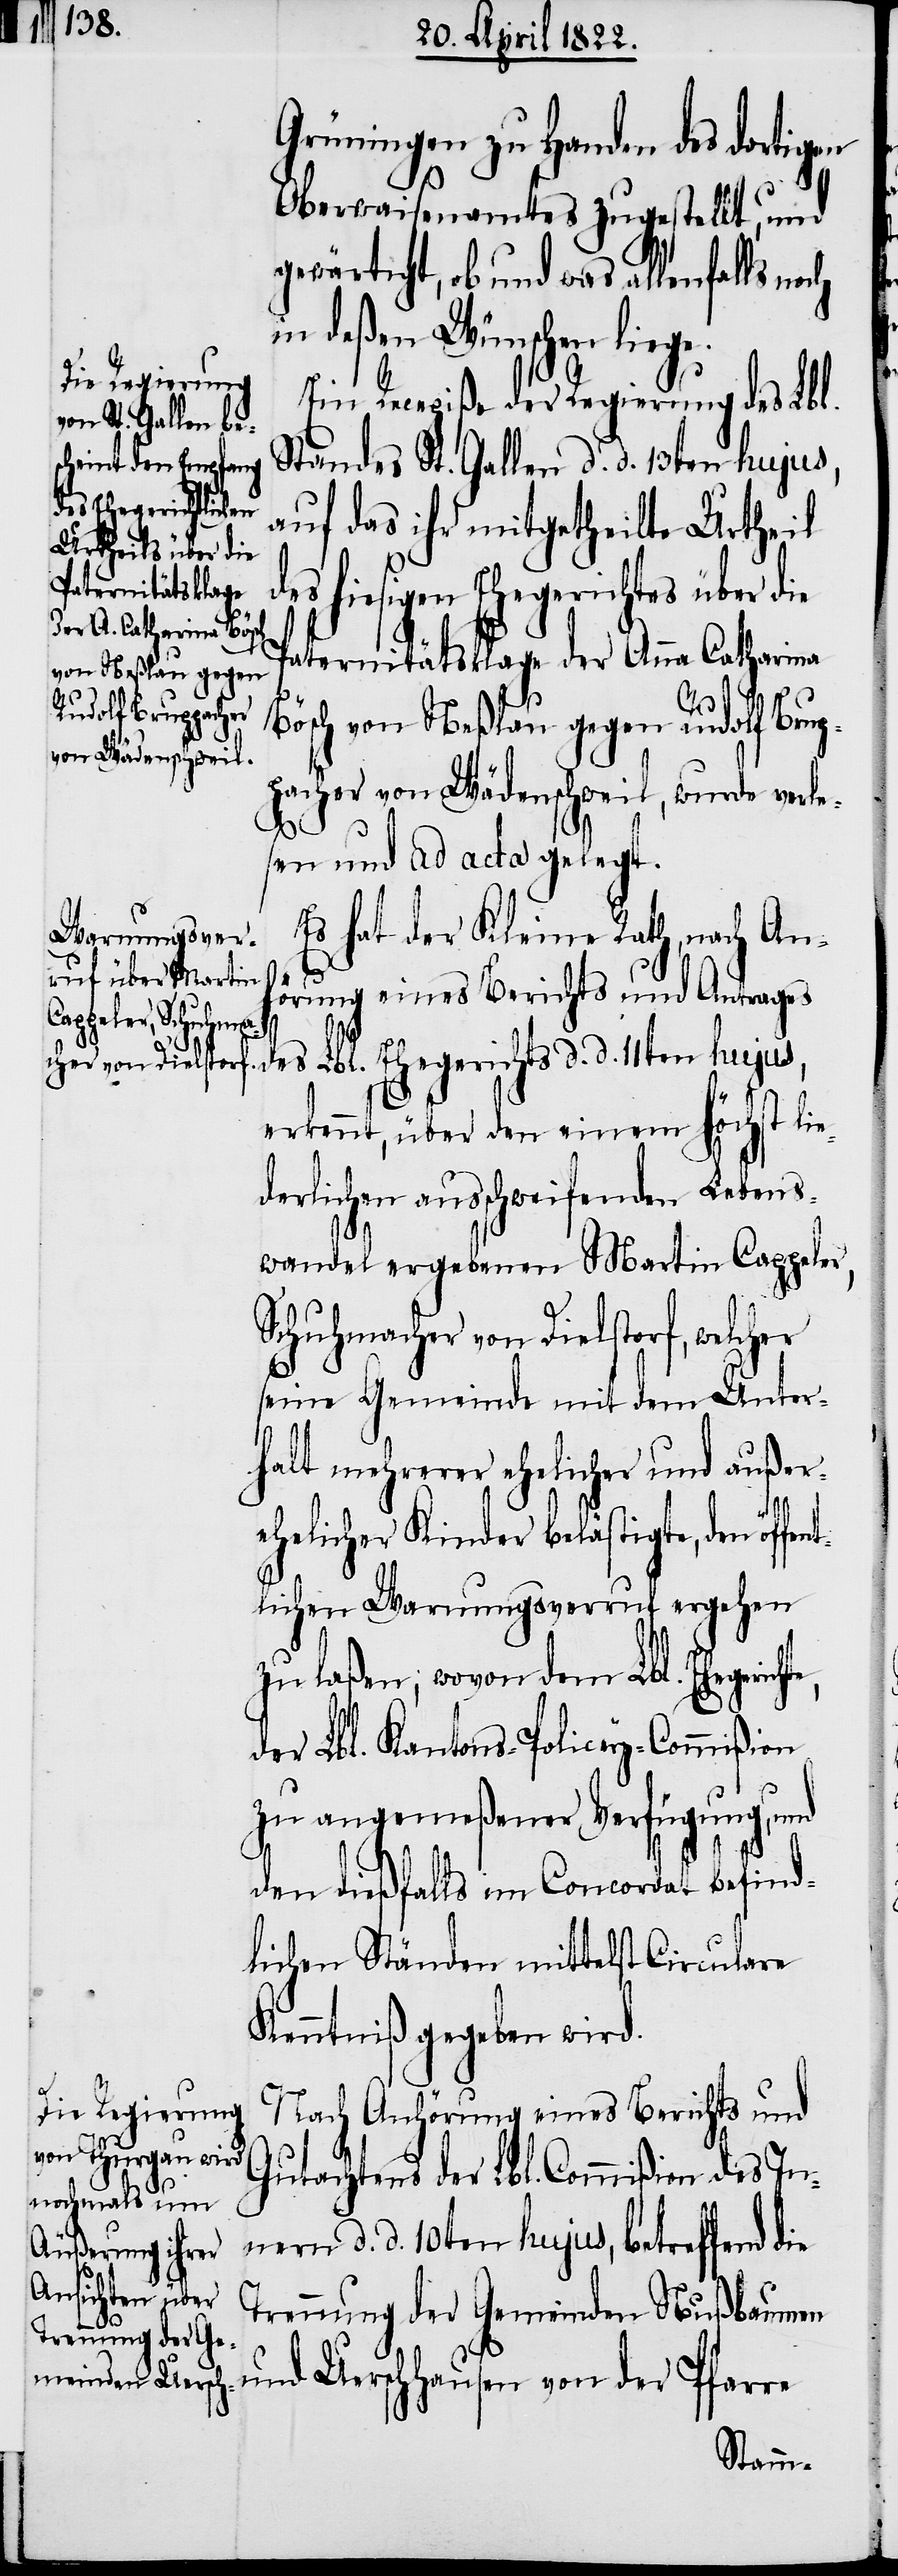
Grüningen zu Handen des dortigen
Oberwaisenamtes zugestellt, und
gewärtigt, ob und was allenfalls
in deßen Wünschen liege.
Ein Recepiße der Regierung des Lbl.
Standes St. Gallen d. d. 13ten hujus,
auf das ihr mitgetheilte Urtheil
des hiesigen Ehegerichtes über die
Paternitätsklage der Anna Catharina
te,
Bösch von Neßlau gegen Rudolf Brup¬
pacher von Wädenschweil, wurde verle¬
sen und ad acta gelegt.
Es hat der Kleine Rath, nach An¬
hörung eines Berichts und Antrages
des Lbl. Ehegerichts d. d. 11ten hujus,
erkennt, über den einem höchst lie¬
derlichen ausschweifenden Lebens¬
wandel ergebenen Martin Cappeler,
Schuhmacher von Dielstorf, welc¬
seine Gemeinde mit dem Unter¬
halt mehrerer ehelicher und außer¬
ehelicher Kinder belästigte, den öffent¬
lichen Warnungsverruf ergehen
zu laßen; wovon dem Lbl. Ehegerich¬
der Lbl. Kantons-Policey-Commißion
zu angemeßener Verfügung, und
den dießfalls im Concordat befind¬
lichen Ständen mittelst Circulare
Kenntniß gegeben wird.
Nach Anhörung eines Berichts und
Gutachtens der Lbl. Commißion des In¬
nern d. d. 10ten hujus, betreffend
Trennung der Gemeinden Nußbaumen
und Uerschhausen von der Pfarre